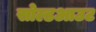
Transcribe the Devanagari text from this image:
सोल्डआउट